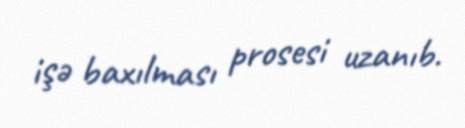
işə baxılması prosesi uzanıb.